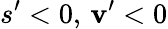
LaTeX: {s}^{\prime}<0,\, {\mathbf{v}}^{\prime}<0